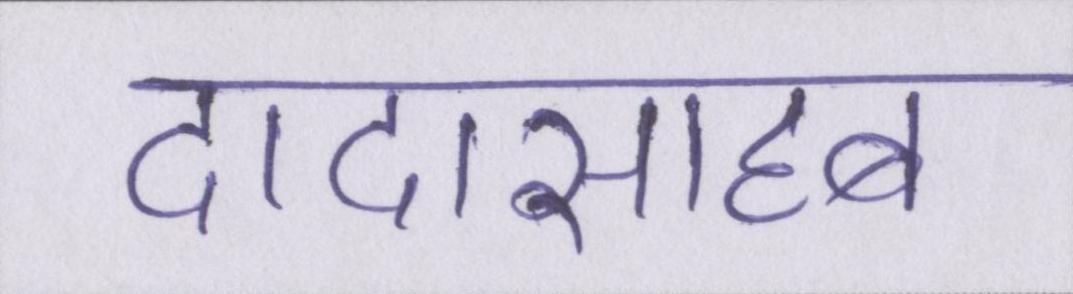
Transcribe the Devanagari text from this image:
दादासाहब